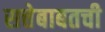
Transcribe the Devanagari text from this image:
सत्तेबाबतची